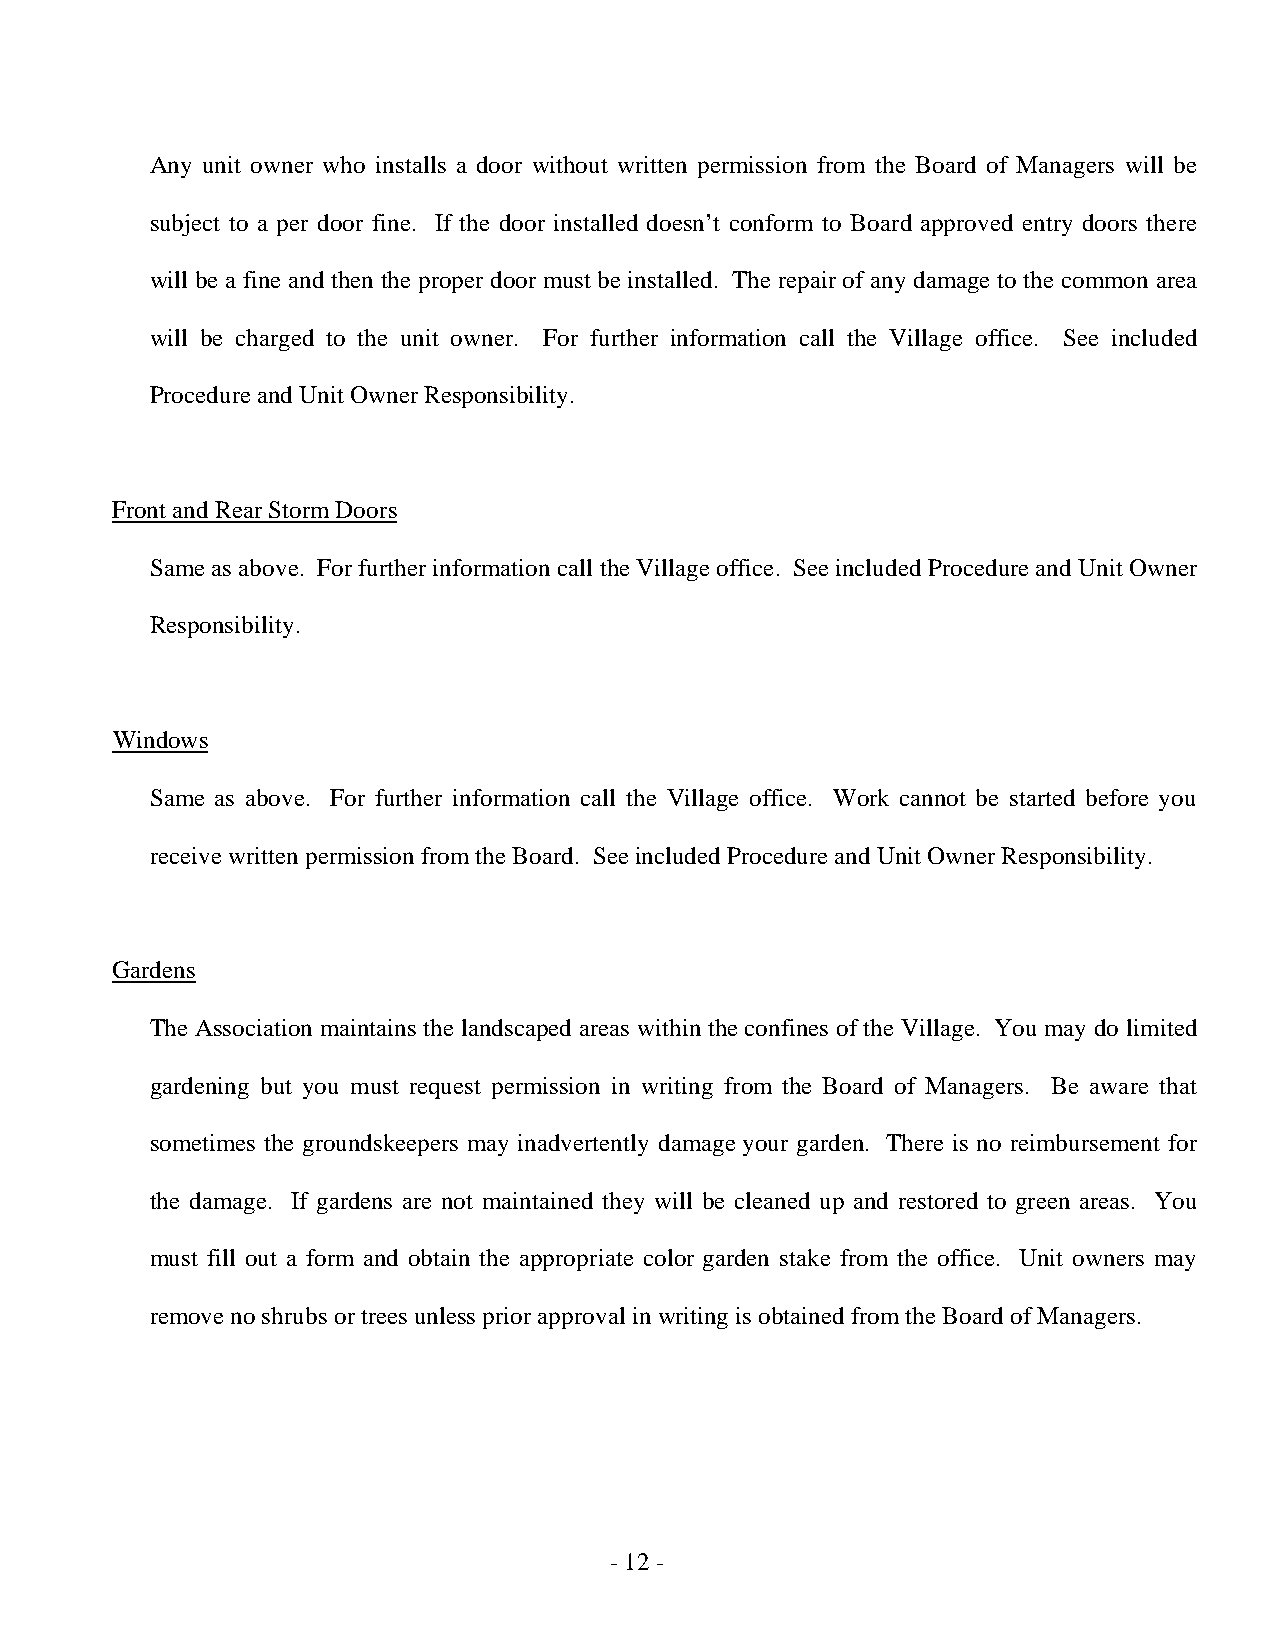
Any unit owner who installs a door without written permission from the Board of Managers will be
 subject to a per door fine. If the door installed doesn’t conform to Board approved entry doors there
 will be a fine and then the proper door must be installed. The repair of any damage to the common area
 will be charged to the unit owner. For further information call the Village office. See included
 Procedure and Unit Owner Responsibility.
 Front and Rear Storm Doors
 Same as above. For further information call the Village office. See included Procedure and Unit Owner
 Responsibility.
 Windows
 Same as above. For further information call the Village office. Work cannot be started before you
 receive written permission from the Board. See included Procedure and Unit Owner Responsibility.
 Gardens
 The Association maintains the landscaped areas within the confines of the Village. You may do limited
 gardening but you must request permission in writing from the Board of Managers. Be aware that
 sometimes the groundskeepers may inadvertently damage your garden. There is no reimbursement for
 the damage. If gardens are not maintained they will be cleaned up and restored to green areas. You
 must fill out a form and obtain the appropriate color garden stake from the office. Unit owners may
 remove no shrubs or trees unless prior approval in writing is obtained from the Board of Managers.
 - 12 -